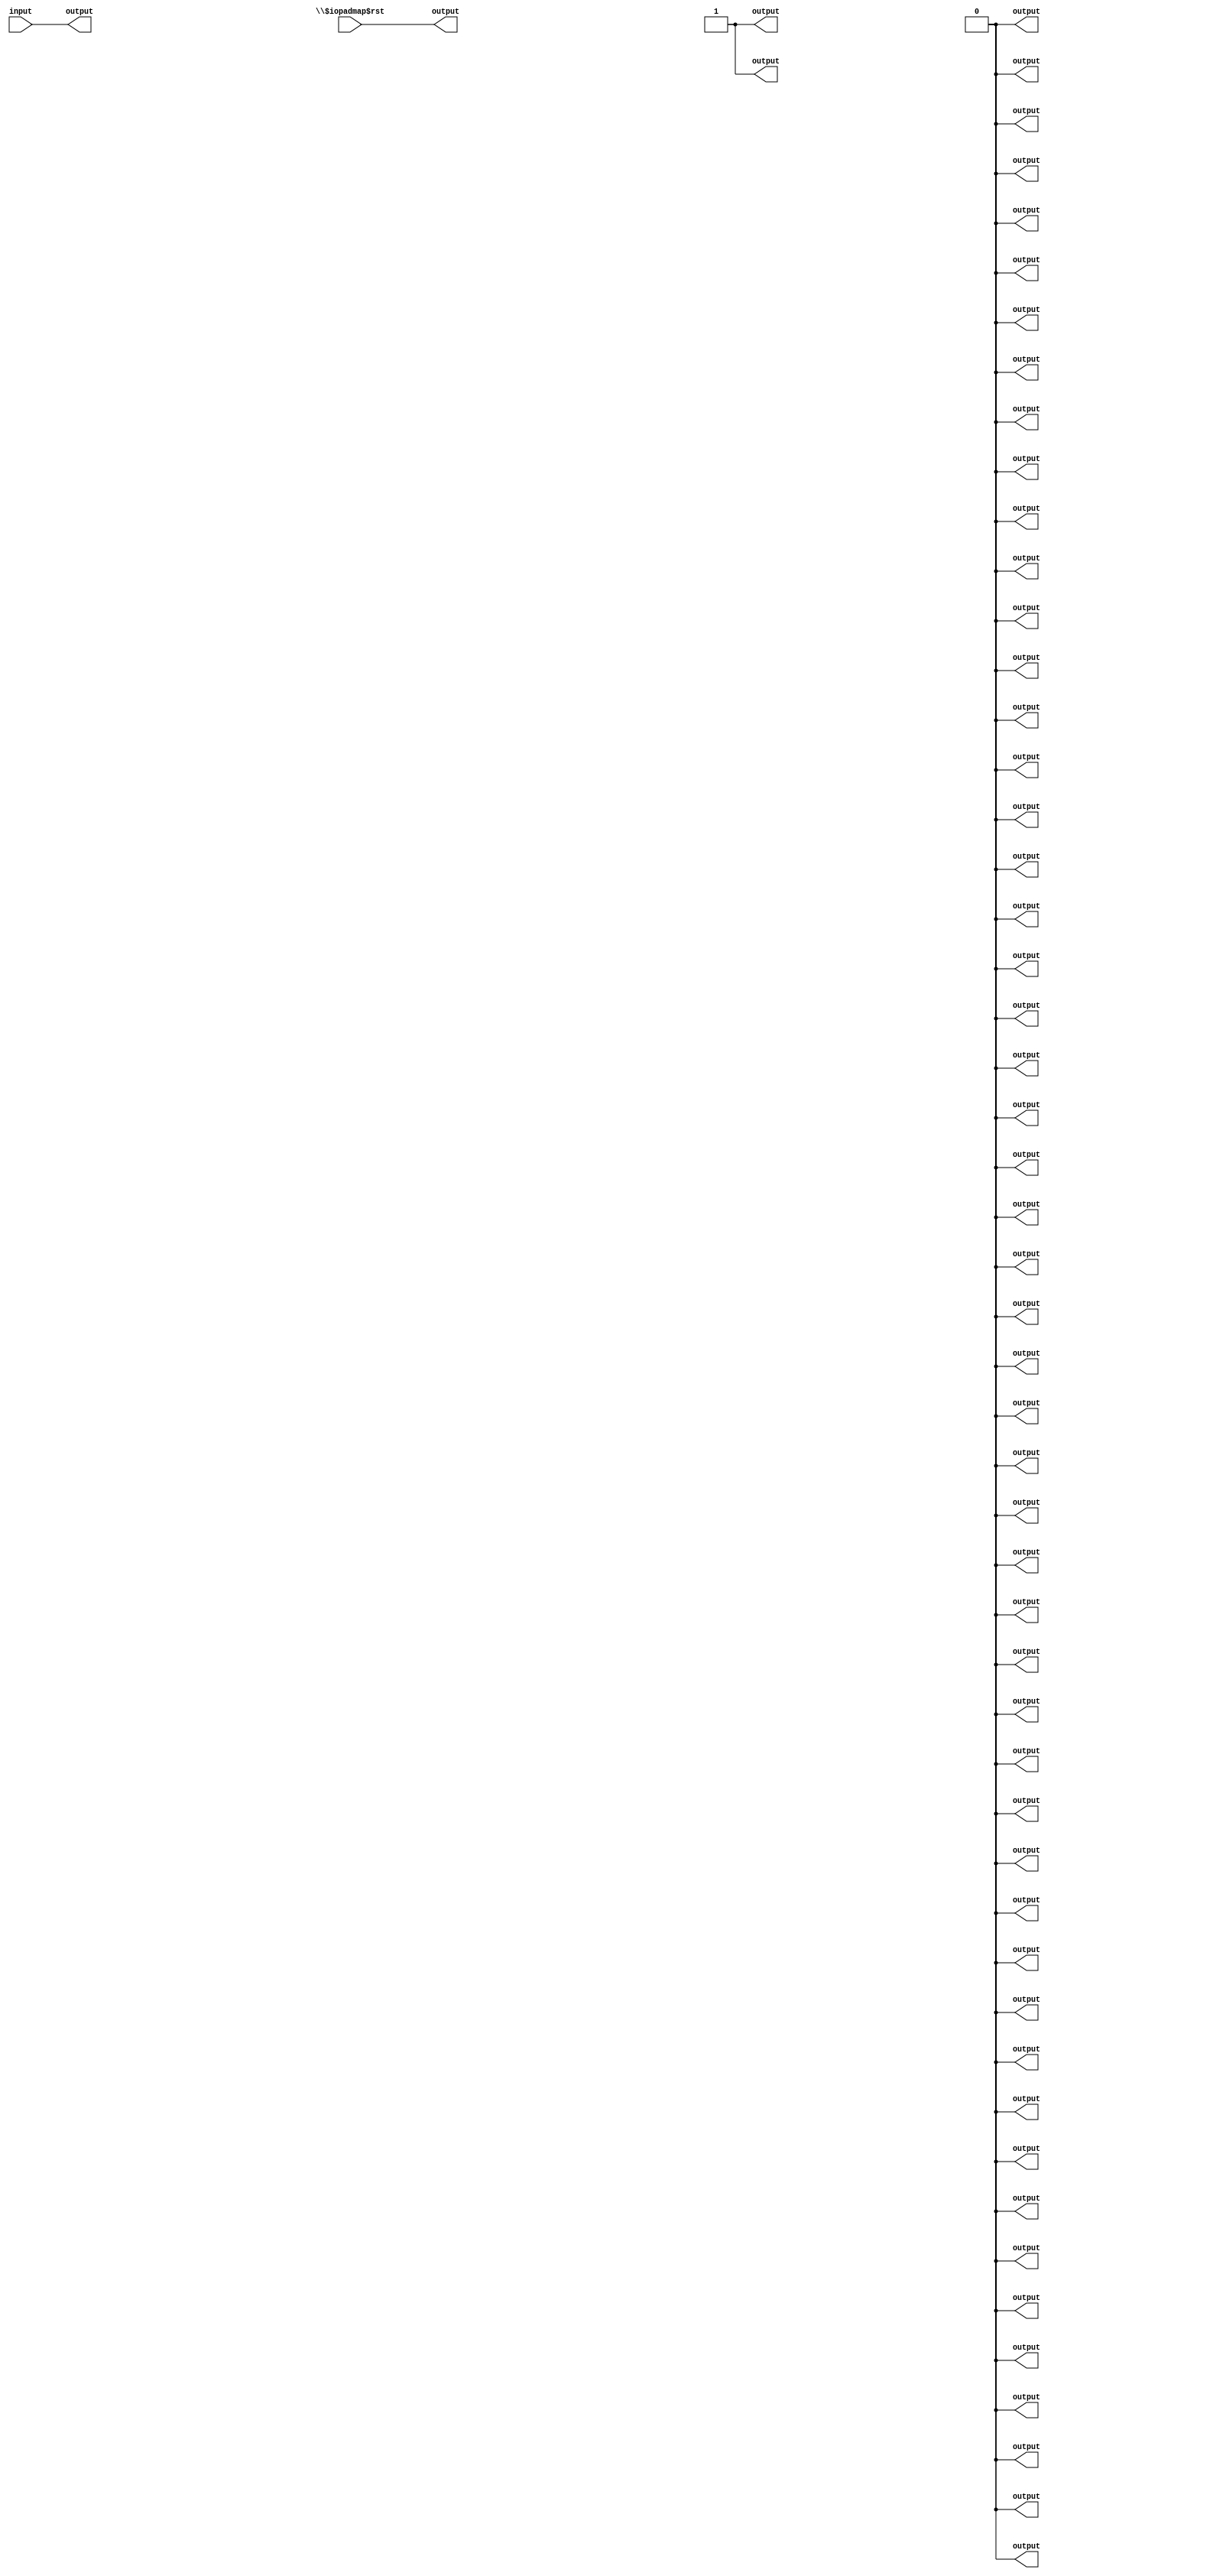
/* Generated by Yosys 0.38 (git sha1 808ba3ebe, gcc 11.2.1 -fPIC -Os) */

module fabric_sudoku_check(\$auto$rs_design_edit.cc:491:handle_dangling_outs$244591 , \$auto$rs_design_edit.cc:491:handle_dangling_outs$244592 , \$auto$rs_design_edit.cc:878:execute$244537 , \$auto$rs_design_edit.cc:878:execute$244538 , \$auto$rs_design_edit.cc:878:execute$244539 , \$auto$rs_design_edit.cc:878:execute$244540 , \$auto$rs_design_edit.cc:878:execute$244541 , \$auto$rs_design_edit.cc:878:execute$244542 , \$auto$rs_design_edit.cc:878:execute$244543 , \$auto$rs_design_edit.cc:878:execute$244544 , \$auto$rs_design_edit.cc:878:execute$244545 , \$auto$rs_design_edit.cc:878:execute$244546 , \$auto$rs_design_edit.cc:878:execute$244547 , \$auto$rs_design_edit.cc:878:execute$244548 , \$auto$rs_design_edit.cc:878:execute$244549 , \$auto$rs_design_edit.cc:878:execute$244550 , \$auto$rs_design_edit.cc:878:execute$244551 , \$auto$rs_design_edit.cc:878:execute$244552 , \$auto$rs_design_edit.cc:878:execute$244553 , \$auto$rs_design_edit.cc:878:execute$244554 , \$auto$rs_design_edit.cc:878:execute$244555 
, \$auto$rs_design_edit.cc:878:execute$244556 , \$auto$rs_design_edit.cc:878:execute$244557 , \$auto$rs_design_edit.cc:878:execute$244558 , \$auto$rs_design_edit.cc:878:execute$244559 , \$auto$rs_design_edit.cc:878:execute$244560 , \$auto$rs_design_edit.cc:878:execute$244561 , \$auto$rs_design_edit.cc:878:execute$244562 , \$auto$rs_design_edit.cc:878:execute$244563 , \$auto$rs_design_edit.cc:878:execute$244564 , \$auto$rs_design_edit.cc:878:execute$244565 , \$auto$rs_design_edit.cc:878:execute$244566 , \$auto$rs_design_edit.cc:878:execute$244567 , \$auto$rs_design_edit.cc:878:execute$244568 , \$auto$rs_design_edit.cc:878:execute$244569 , \$auto$rs_design_edit.cc:878:execute$244570 , \$auto$rs_design_edit.cc:878:execute$244571 , \$auto$rs_design_edit.cc:878:execute$244572 , \$auto$rs_design_edit.cc:878:execute$244573 , \$auto$rs_design_edit.cc:878:execute$244574 , \$auto$rs_design_edit.cc:878:execute$244575 , \$auto$rs_design_edit.cc:878:execute$244576 
, \$auto$rs_design_edit.cc:878:execute$244577 , \$auto$rs_design_edit.cc:878:execute$244578 , \$auto$rs_design_edit.cc:878:execute$244579 , \$auto$rs_design_edit.cc:878:execute$244580 , \$auto$rs_design_edit.cc:878:execute$244581 , \$auto$rs_design_edit.cc:878:execute$244582 , \$auto$rs_design_edit.cc:878:execute$244583 , \$auto$rs_design_edit.cc:878:execute$244584 , \$auto$rs_design_edit.cc:878:execute$244585 , \$auto$rs_design_edit.cc:878:execute$244586 , \$auto$rs_design_edit.cc:878:execute$244587 , \$auto$rs_design_edit.cc:878:execute$244588 , \$auto$rs_design_edit.cc:878:execute$244589 , \$auto$rs_design_edit.cc:878:execute$244590 , \$iopadmap$rst , \p.clk );
  output \$auto$rs_design_edit.cc:491:handle_dangling_outs$244591 ;
  output \$auto$rs_design_edit.cc:491:handle_dangling_outs$244592 ;
  output \$auto$rs_design_edit.cc:878:execute$244537 ;
  output \$auto$rs_design_edit.cc:878:execute$244538 ;
  output \$auto$rs_design_edit.cc:878:execute$244539 ;
  output \$auto$rs_design_edit.cc:878:execute$244540 ;
  output \$auto$rs_design_edit.cc:878:execute$244541 ;
  output \$auto$rs_design_edit.cc:878:execute$244542 ;
  output \$auto$rs_design_edit.cc:878:execute$244543 ;
  output \$auto$rs_design_edit.cc:878:execute$244544 ;
  output \$auto$rs_design_edit.cc:878:execute$244545 ;
  output \$auto$rs_design_edit.cc:878:execute$244546 ;
  output \$auto$rs_design_edit.cc:878:execute$244547 ;
  output \$auto$rs_design_edit.cc:878:execute$244548 ;
  output \$auto$rs_design_edit.cc:878:execute$244549 ;
  output \$auto$rs_design_edit.cc:878:execute$244550 ;
  output \$auto$rs_design_edit.cc:878:execute$244551 ;
  output \$auto$rs_design_edit.cc:878:execute$244552 ;
  output \$auto$rs_design_edit.cc:878:execute$244553 ;
  output \$auto$rs_design_edit.cc:878:execute$244554 ;
  output \$auto$rs_design_edit.cc:878:execute$244555 ;
  output \$auto$rs_design_edit.cc:878:execute$244556 ;
  output \$auto$rs_design_edit.cc:878:execute$244557 ;
  output \$auto$rs_design_edit.cc:878:execute$244558 ;
  output \$auto$rs_design_edit.cc:878:execute$244559 ;
  output \$auto$rs_design_edit.cc:878:execute$244560 ;
  output \$auto$rs_design_edit.cc:878:execute$244561 ;
  output \$auto$rs_design_edit.cc:878:execute$244562 ;
  output \$auto$rs_design_edit.cc:878:execute$244563 ;
  output \$auto$rs_design_edit.cc:878:execute$244564 ;
  output \$auto$rs_design_edit.cc:878:execute$244565 ;
  output \$auto$rs_design_edit.cc:878:execute$244566 ;
  output \$auto$rs_design_edit.cc:878:execute$244567 ;
  output \$auto$rs_design_edit.cc:878:execute$244568 ;
  output \$auto$rs_design_edit.cc:878:execute$244569 ;
  output \$auto$rs_design_edit.cc:878:execute$244570 ;
  output \$auto$rs_design_edit.cc:878:execute$244571 ;
  output \$auto$rs_design_edit.cc:878:execute$244572 ;
  output \$auto$rs_design_edit.cc:878:execute$244573 ;
  output \$auto$rs_design_edit.cc:878:execute$244574 ;
  output \$auto$rs_design_edit.cc:878:execute$244575 ;
  output \$auto$rs_design_edit.cc:878:execute$244576 ;
  output \$auto$rs_design_edit.cc:878:execute$244577 ;
  output \$auto$rs_design_edit.cc:878:execute$244578 ;
  output \$auto$rs_design_edit.cc:878:execute$244579 ;
  output \$auto$rs_design_edit.cc:878:execute$244580 ;
  output \$auto$rs_design_edit.cc:878:execute$244581 ;
  output \$auto$rs_design_edit.cc:878:execute$244582 ;
  output \$auto$rs_design_edit.cc:878:execute$244583 ;
  output \$auto$rs_design_edit.cc:878:execute$244584 ;
  output \$auto$rs_design_edit.cc:878:execute$244585 ;
  output \$auto$rs_design_edit.cc:878:execute$244586 ;
  output \$auto$rs_design_edit.cc:878:execute$244587 ;
  output \$auto$rs_design_edit.cc:878:execute$244588 ;
  output \$auto$rs_design_edit.cc:878:execute$244589 ;
  output \$auto$rs_design_edit.cc:878:execute$244590 ;
  input \$iopadmap$rst ;
  input \p.clk ;
  wire \$auto$rs_design_edit.cc:491:handle_dangling_outs$244591 ;
  wire \$auto$rs_design_edit.cc:491:handle_dangling_outs$244592 ;
  wire \$auto$rs_design_edit.cc:878:execute$244537 ;
  wire \$auto$rs_design_edit.cc:878:execute$244538 ;
  wire \$auto$rs_design_edit.cc:878:execute$244539 ;
  wire \$auto$rs_design_edit.cc:878:execute$244540 ;
  wire \$auto$rs_design_edit.cc:878:execute$244541 ;
  wire \$auto$rs_design_edit.cc:878:execute$244542 ;
  wire \$auto$rs_design_edit.cc:878:execute$244543 ;
  wire \$auto$rs_design_edit.cc:878:execute$244544 ;
  wire \$auto$rs_design_edit.cc:878:execute$244545 ;
  wire \$auto$rs_design_edit.cc:878:execute$244546 ;
  wire \$auto$rs_design_edit.cc:878:execute$244547 ;
  wire \$auto$rs_design_edit.cc:878:execute$244548 ;
  wire \$auto$rs_design_edit.cc:878:execute$244549 ;
  wire \$auto$rs_design_edit.cc:878:execute$244550 ;
  wire \$auto$rs_design_edit.cc:878:execute$244551 ;
  wire \$auto$rs_design_edit.cc:878:execute$244552 ;
  wire \$auto$rs_design_edit.cc:878:execute$244553 ;
  wire \$auto$rs_design_edit.cc:878:execute$244554 ;
  wire \$auto$rs_design_edit.cc:878:execute$244555 ;
  wire \$auto$rs_design_edit.cc:878:execute$244556 ;
  wire \$auto$rs_design_edit.cc:878:execute$244557 ;
  wire \$auto$rs_design_edit.cc:878:execute$244558 ;
  wire \$auto$rs_design_edit.cc:878:execute$244559 ;
  wire \$auto$rs_design_edit.cc:878:execute$244560 ;
  wire \$auto$rs_design_edit.cc:878:execute$244561 ;
  wire \$auto$rs_design_edit.cc:878:execute$244562 ;
  wire \$auto$rs_design_edit.cc:878:execute$244563 ;
  wire \$auto$rs_design_edit.cc:878:execute$244564 ;
  wire \$auto$rs_design_edit.cc:878:execute$244565 ;
  wire \$auto$rs_design_edit.cc:878:execute$244566 ;
  wire \$auto$rs_design_edit.cc:878:execute$244567 ;
  wire \$auto$rs_design_edit.cc:878:execute$244568 ;
  wire \$auto$rs_design_edit.cc:878:execute$244569 ;
  wire \$auto$rs_design_edit.cc:878:execute$244570 ;
  wire \$auto$rs_design_edit.cc:878:execute$244571 ;
  wire \$auto$rs_design_edit.cc:878:execute$244572 ;
  wire \$auto$rs_design_edit.cc:878:execute$244573 ;
  wire \$auto$rs_design_edit.cc:878:execute$244574 ;
  wire \$auto$rs_design_edit.cc:878:execute$244575 ;
  wire \$auto$rs_design_edit.cc:878:execute$244576 ;
  wire \$auto$rs_design_edit.cc:878:execute$244577 ;
  wire \$auto$rs_design_edit.cc:878:execute$244578 ;
  wire \$auto$rs_design_edit.cc:878:execute$244579 ;
  wire \$auto$rs_design_edit.cc:878:execute$244580 ;
  wire \$auto$rs_design_edit.cc:878:execute$244581 ;
  wire \$auto$rs_design_edit.cc:878:execute$244582 ;
  wire \$auto$rs_design_edit.cc:878:execute$244583 ;
  wire \$auto$rs_design_edit.cc:878:execute$244584 ;
  wire \$auto$rs_design_edit.cc:878:execute$244585 ;
  wire \$auto$rs_design_edit.cc:878:execute$244586 ;
  wire \$auto$rs_design_edit.cc:878:execute$244587 ;
  wire \$auto$rs_design_edit.cc:878:execute$244588 ;
  wire \$auto$rs_design_edit.cc:878:execute$244589 ;
  wire \$auto$rs_design_edit.cc:878:execute$244590 ;
  wire \$iopadmap$rst ;
  (* hdlname = "p clk" *)
  (* keep = 32'h00000001 *)
  (* src = "/nfs_scratch/scratch/CompilerValidation/zaheer_ahmad/os_fpga2/Validation/RTL_testcases/RTL_Benchmarks_Gap_Analysis/sudoku_check/results_dir/.././rtl/sudoku_check.v:24.11-24.91|/nfs_scratch/scratch/CompilerValidation/zaheer_ahmad/os_fpga2/Validation/RTL_testcases/RTL_Benchmarks_Gap_Analysis/sudoku_check/results_dir/.././rtl/puz_bank3.v:2.7-2.10" *)
  (* hdlname = "p clk" *)
  (* keep = 32'h00000001 *)
  (* src = "/nfs_scratch/scratch/CompilerValidation/zaheer_ahmad/os_fpga2/Validation/RTL_testcases/RTL_Benchmarks_Gap_Analysis/sudoku_check/results_dir/.././rtl/sudoku_check.v:24.11-24.91|/nfs_scratch/scratch/CompilerValidation/zaheer_ahmad/os_fpga2/Validation/RTL_testcases/RTL_Benchmarks_Gap_Analysis/sudoku_check/results_dir/.././rtl/puz_bank3.v:2.7-2.10" *)
  wire \p.clk ;
  assign \$auto$rs_design_edit.cc:878:execute$244587  = 1'h0;
  assign \$auto$rs_design_edit.cc:878:execute$244586  = 1'h0;
  assign \$auto$rs_design_edit.cc:878:execute$244585  = 1'h0;
  assign \$auto$rs_design_edit.cc:878:execute$244584  = 1'h0;
  assign \$auto$rs_design_edit.cc:878:execute$244583  = 1'h0;
  assign \$auto$rs_design_edit.cc:878:execute$244582  = 1'h0;
  assign \$auto$rs_design_edit.cc:878:execute$244581  = 1'h0;
  assign \$auto$rs_design_edit.cc:878:execute$244580  = 1'h0;
  assign \$auto$rs_design_edit.cc:878:execute$244579  = 1'h0;
  assign \$auto$rs_design_edit.cc:878:execute$244578  = 1'h0;
  assign \$auto$rs_design_edit.cc:878:execute$244577  = 1'h0;
  assign \$auto$rs_design_edit.cc:878:execute$244576  = 1'h0;
  assign \$auto$rs_design_edit.cc:878:execute$244575  = 1'h0;
  assign \$auto$rs_design_edit.cc:878:execute$244574  = 1'h0;
  assign \$auto$rs_design_edit.cc:878:execute$244573  = 1'h0;
  assign \$auto$rs_design_edit.cc:878:execute$244572  = 1'h0;
  assign \$auto$rs_design_edit.cc:878:execute$244571  = 1'h0;
  assign \$auto$rs_design_edit.cc:878:execute$244570  = 1'h0;
  assign \$auto$rs_design_edit.cc:878:execute$244569  = 1'h0;
  assign \$auto$rs_design_edit.cc:878:execute$244568  = 1'h0;
  assign \$auto$rs_design_edit.cc:878:execute$244567  = 1'h0;
  assign \$auto$rs_design_edit.cc:878:execute$244566  = 1'h0;
  assign \$auto$rs_design_edit.cc:878:execute$244565  = 1'h0;
  assign \$auto$rs_design_edit.cc:878:execute$244564  = 1'h0;
  assign \$auto$rs_design_edit.cc:878:execute$244563  = 1'h0;
  assign \$auto$rs_design_edit.cc:878:execute$244562  = 1'h0;
  assign \$auto$rs_design_edit.cc:878:execute$244561  = 1'h0;
  assign \$auto$rs_design_edit.cc:878:execute$244560  = 1'h0;
  assign \$auto$rs_design_edit.cc:878:execute$244559  = 1'h0;
  assign \$auto$rs_design_edit.cc:878:execute$244558  = 1'h0;
  assign \$auto$rs_design_edit.cc:878:execute$244557  = 1'h0;
  assign \$auto$rs_design_edit.cc:878:execute$244556  = 1'h0;
  assign \$auto$rs_design_edit.cc:878:execute$244555  = 1'h0;
  assign \$auto$rs_design_edit.cc:878:execute$244554  = 1'h0;
  assign \$auto$rs_design_edit.cc:878:execute$244553  = 1'h0;
  assign \$auto$rs_design_edit.cc:878:execute$244552  = 1'h0;
  assign \$auto$rs_design_edit.cc:878:execute$244551  = 1'h0;
  assign \$auto$rs_design_edit.cc:878:execute$244550  = 1'h0;
  assign \$auto$rs_design_edit.cc:878:execute$244549  = 1'h0;
  assign \$auto$rs_design_edit.cc:878:execute$244548  = 1'h0;
  assign \$auto$rs_design_edit.cc:878:execute$244547  = 1'h0;
  assign \$auto$rs_design_edit.cc:878:execute$244546  = 1'h0;
  assign \$auto$rs_design_edit.cc:878:execute$244545  = 1'h0;
  assign \$auto$rs_design_edit.cc:878:execute$244544  = 1'h0;
  assign \$auto$rs_design_edit.cc:878:execute$244543  = 1'h0;
  assign \$auto$rs_design_edit.cc:878:execute$244542  = 1'h0;
  assign \$auto$rs_design_edit.cc:878:execute$244541  = 1'h0;
  assign \$auto$rs_design_edit.cc:878:execute$244540  = 1'h0;
  assign \$auto$rs_design_edit.cc:878:execute$244539  = 1'h0;
  assign \$auto$rs_design_edit.cc:878:execute$244538  = 1'h0;
  assign \$auto$rs_design_edit.cc:878:execute$244537  = 1'h1;
  assign \$auto$rs_design_edit.cc:491:handle_dangling_outs$244591  = \p.clk ;
  assign \$auto$rs_design_edit.cc:878:execute$244588  = 1'h0;
  assign \$auto$rs_design_edit.cc:878:execute$244589  = 1'h0;
  assign \$auto$rs_design_edit.cc:878:execute$244590  = 1'h1;
  assign \$auto$rs_design_edit.cc:491:handle_dangling_outs$244592  = \$iopadmap$rst ;
endmodule